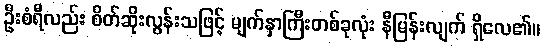
ဦးစံရီလည်း စိတ်ဆိုးလွန်းသဖြင့် မျက်နှာကြီးတစ်ခုလုံး နီမြန်းလျက် ရှိလေ၏။